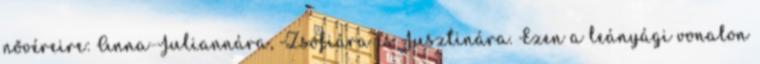
nővéreire: Anna-Juliannára, Zsófiára és Jusztinára. Ezen a leányági vonalon